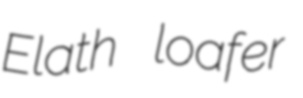
Elath loafer